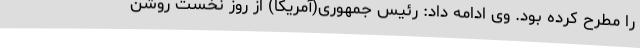
را مطرح کرده بود. وی ادامه داد: رئیس جمهوری(آمریکا) از روز نخست روشن